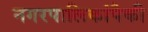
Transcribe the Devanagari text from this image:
नगरपालिकांपैकी